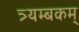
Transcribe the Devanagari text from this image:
त्र्यम्‍बकम्